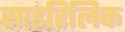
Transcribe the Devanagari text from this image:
साइरिलिक